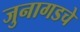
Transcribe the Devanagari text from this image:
जुनागडचे